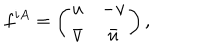
f ^ { i A } = \left( \begin{array} { c c } { { u } } & { { - v } } \\ { { \bar { v } } } & { { \bar { u } } } \\ \end{array} \right) ,